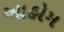
આહોમ